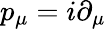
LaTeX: p_{\mu}=i\partial_{\mu}